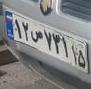
۱۲ص۷۳۱۱۵